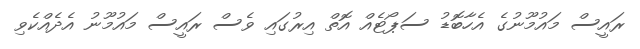
ރައީސް މައުމޫނުގެ އެހާބޮޑު ސަޕޯޓެއް އޮތް އިރުގައި ވެސް ރައީސް މައުމޫނު އެދެއްކެވި